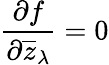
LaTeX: {\frac{\partial f}{\partial{\overline{{z}}}_{\lambda}}}=0